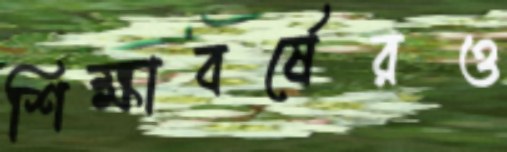
শিক্ষাবর্ষেরও